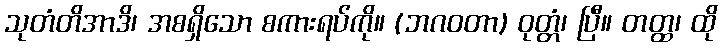
သုတံတိအာဒိ၊ အစရှိသော စကားရပ်ကို။ (ဘဂဝတာ) ဝုတ္တံ၊ ပြီ။ တတ္ထ၊ ထို